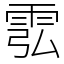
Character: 䨎